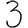
Digit: 3